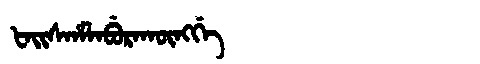
Manchu: ᡶᠠᡳᠰᡥᠠᠯᠠᠪᡠᡵᠠᡴᡡᠩᡤᡝ
Romanization: FAISHALABURAKŪNGGE